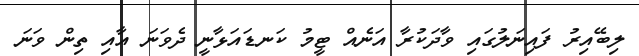
ލިބޭއިރު ފައިނަލުގައި ވާދަކުރާ އަނެއް ޓީމު ކަނޑައަޅާނީ ދެވަނަ އާއި ތިން ވަނަ